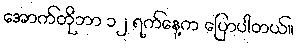
အောက်တိုဘာ ၁၂ ရက်နေ့က ပြောပါတယ်။